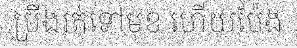
ប្រឹងរត់ទៅមុខ ហើយប៉ែង